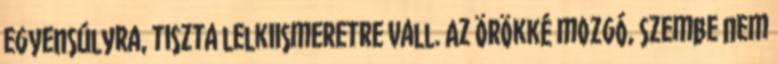
egyensúlyra, tiszta lelkiismeretre vall. Az örökké mozgó, szembe nem